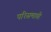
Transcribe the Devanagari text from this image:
परिसमाप्ती